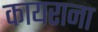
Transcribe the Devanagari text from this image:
कायराना